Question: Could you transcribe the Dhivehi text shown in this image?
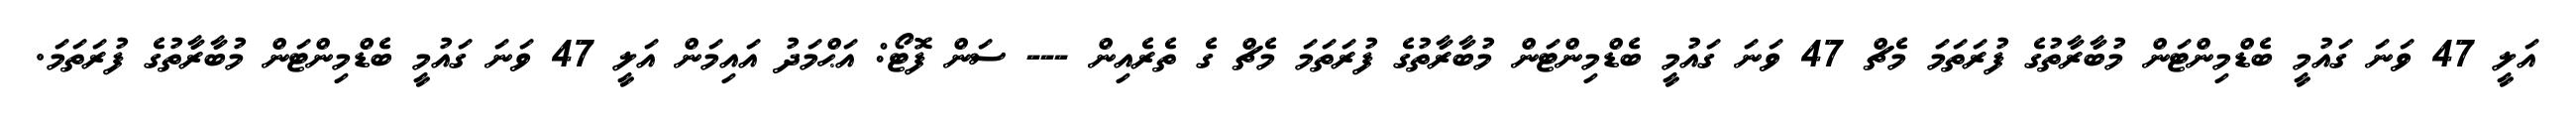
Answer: އަލީ 47 ވަނަ ގައުމީ ބެޑްމިންޓަން މުބާރާތުގެ ފުރަތަމަ މެޗް 47 ވަނަ ގައުމީ ބެޑްމިންޓަން މުބާރާތުގެ ފުރަތަމަ މެޗް ގެ ތެރެއިން --- ސަން ފޮޓޯ: އަޙްމަދު އައިމަން އަލީ 47 ވަނަ ގައުމީ ބެޑްމިންޓަން މުބާރާތުގެ ފުރަތަމަ.